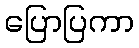
ပြောပြကာ